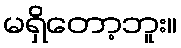
မရှိတော့ဘူး။